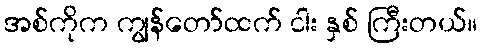
အစ်ကိုက ကျွန်တော်ထက် ငါး နှစ် ကြီးတယ်။